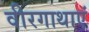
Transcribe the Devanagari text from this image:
वीरगाथाएं